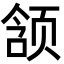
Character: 颔